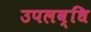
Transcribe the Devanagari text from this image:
उपलव्धि